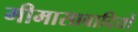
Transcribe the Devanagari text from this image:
मीमासावादियों